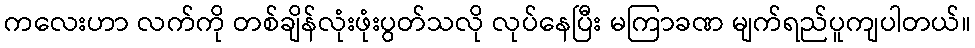
ကလေးဟာ လက်ကို တစ်ချိန်လုံးဖုံးပွတ်သလို လုပ်နေပြီး မကြာခဏ မျက်ရည်ပူကျပါတယ်။